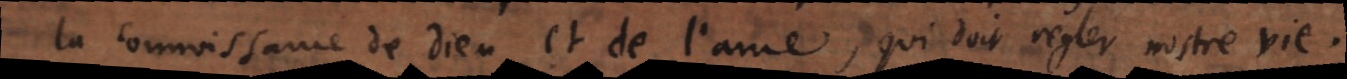
la connoissance de Dieu et de l’ame, qui doit regler nostre vie.